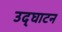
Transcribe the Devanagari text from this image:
उद्‌घाटन